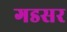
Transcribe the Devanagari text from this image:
गडसर